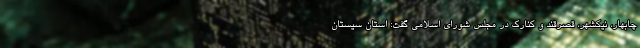
چابهار، نیکشهر، قصرقند و کنارک در مجلس شورای اسلامی گفت: استان سیستان